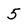
Character: 5